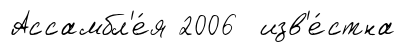
Ассамбл'е́я 2006 изв'е́стна